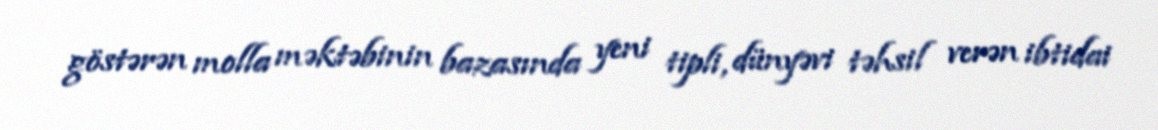
göstərən molla məktəbinin bazasında yeni tipli, dünyəvi təhsil verən ibtidai